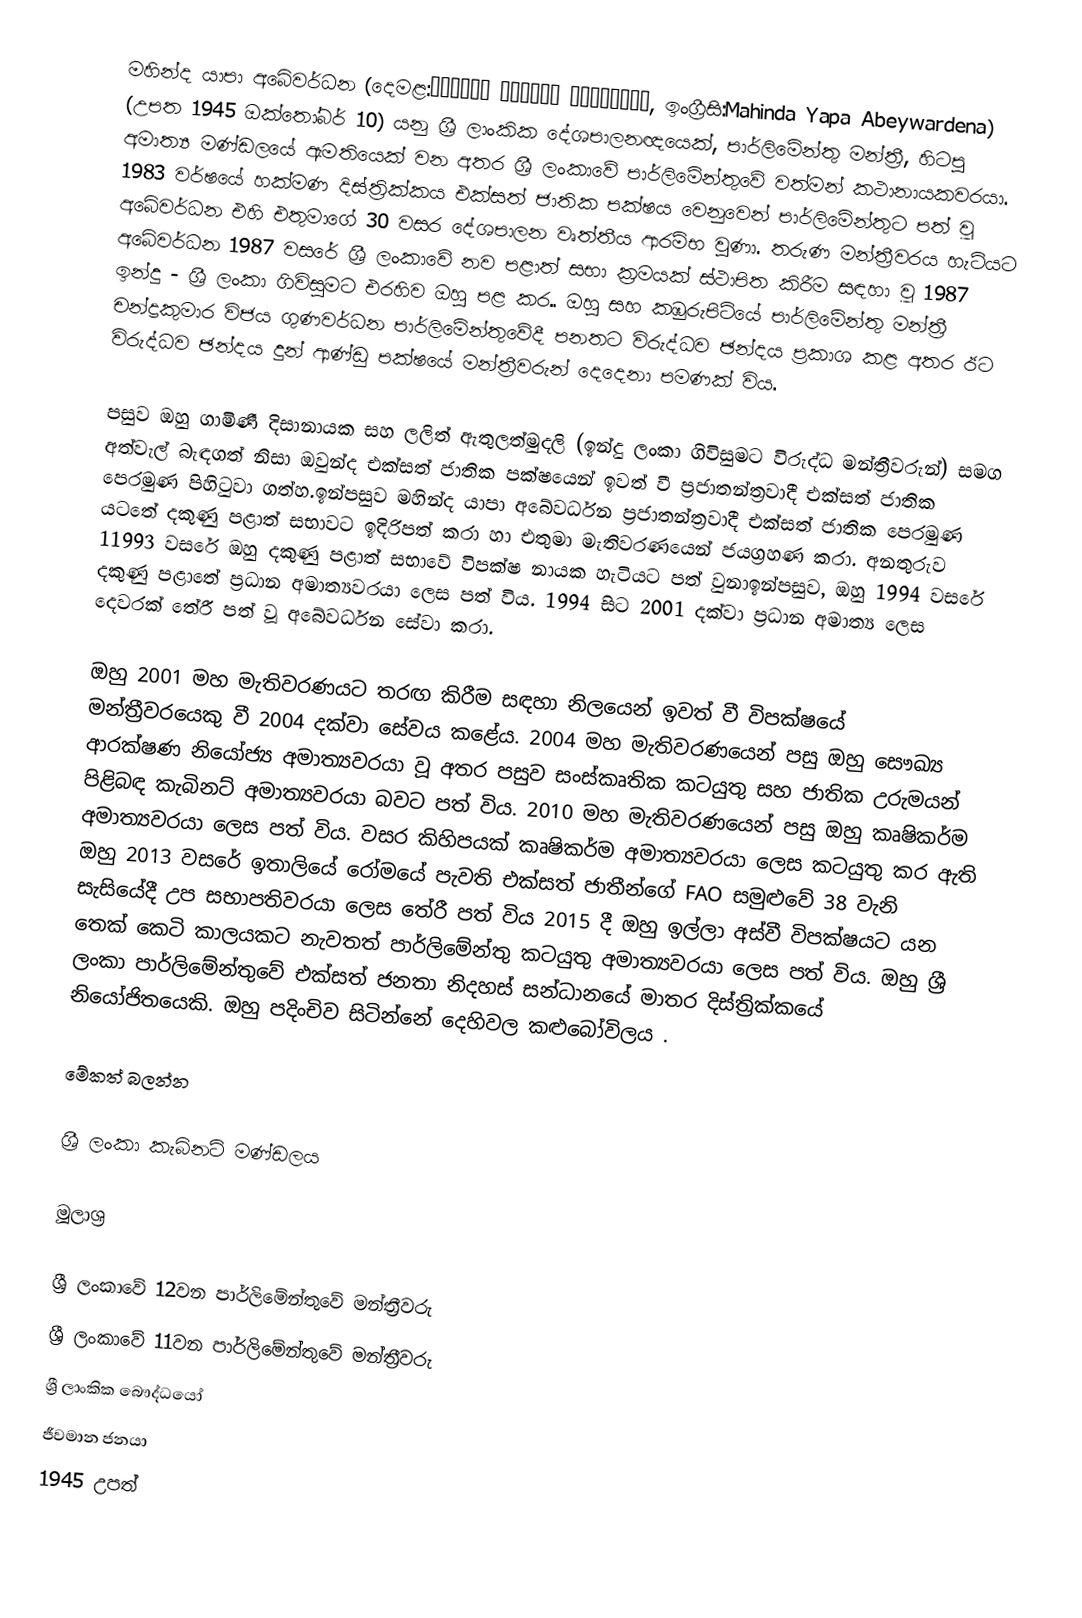
මහින්ද යාපා අබේවර්ධන (දෙමළ:மஹிந்த யாப்பா அபேவர்தன, ඉංග්‍රීසි:Mahinda Yapa Abeywardena) (උපත 1945 ඔක්තෝබර් 10) යනු ශ්‍රී ලාංකික දේශපාලනඥයෙක්, පාර්ලිමේන්තු මන්ත්‍රී, හිටපු අමාත්‍ය මණ්ඩලයේ ඇමතියෙක් වන අතර ශ්‍රී ලංකාවේ පාර්ලිමේන්තුවේ වත්මන් කථානායකවරයා.  1983 වර්ෂයේ හක්මණ දිස්ත්‍රික්කය එක්සත් ජාතික පක්ෂය වෙනුවෙන් පාර්ලිමේන්තුට පත් වූ අබේවර්ධන එහි එතුමාගේ 30 වසර දේශපාලන වෘත්තීය ආරම්භ වුණා.  තරුණ මන්ත්‍රීවරය හැටියට අබේවර්ධන 1987 වසරේ ශ්‍රී ලංකාවේ නව පළාත් සභා ක්‍රමයක් ස්ථාපිත කිරීම සඳහා වූ 1987 ඉන්දු - ශ්‍රී ලංකා ගිවිසුමට එරහිව ඔහු පළ කර.. ඔහු සහ කඹුරුපිටියේ පාර්ලිමේන්තු මන්ත්‍රී චන්ද්‍රකුමාර විජය ගුණවර්ධන පාර්ලිමේන්තුවේදී පනතට විරුද්ධව ඡන්දය ප්‍රකාශ කළ අතර ඊට විරුද්ධව ඡන්දය දුන් ආණ්ඩු පක්ෂයේ මන්ත්‍රීවරුන් දෙදෙනා පමණක් විය.

පසුව ඔහු ගාමිණී දිසානායක සහ ලලිත් ඇතුලත්මුදලි (ඉන්දු ලංකා ගිවිසුමට විරුද්ධ මන්ත්‍රීවරුන්) සමග අත්වැල් බැඳගත් නිසා ඔවුන්ද  එක්සත් ජාතික පක්ෂයෙන්  ඉවත් වී ප්‍රජාතන්ත්‍රවාදී එක්සත් ජාතික පෙරමුණ පිහිටුවා ගත්හ.ඉන්පසුව මහින්ද යාපා අබේවර්ධන ප්‍රජාතන්ත්‍රවාදී එක්සත් ජාතික පෙරමුණ යටතේ දකුණු පළාත් සභාවට ඉදිරිපත් කරා හා එතුමා මැතිවරණයෙන් ජයග්‍රහණ කරා. අනතුරුව 11993 වසරේ ඔහු දකුණු පළාත් සභාවේ විපක්ෂ නායක හැටියට පත් වුනාඉන්පසුව, ඔහු 1994 වසරේ දකුණු පළාතේ ප්‍රධාන අමාත්‍යවරයා ලෙස පත් විය. 1994 සිට 2001 දක්වා ප්‍රධාන අමාත්‍ය ලෙස දෙවරක් තේරී පත් වූ අබේවර්ධන සේවා කරා.

ඔහු 2001 මහ මැතිවරණයට තරඟ කිරීම සඳහා නිලයෙන් ඉවත් වී විපක්ෂයේ මන්ත්‍රීවරයෙකු වී 2004 දක්වා සේවය කළේය. 2004 මහ මැතිවරණයෙන් පසු ඔහු සෞඛ්‍ය ආරක්ෂණ නියෝජ්‍ය අමාත්‍යවරයා වූ අතර පසුව සංස්කෘතික කටයුතු සහ ජාතික උරුමයන් පිළිබඳ කැබිනට් අමාත්‍යවරයා බවට පත් විය. 2010 මහ මැතිවරණයෙන් පසු ඔහු කෘෂිකර්ම අමාත්‍යවරයා ලෙස පත් විය. වසර කිහිපයක් කෘෂිකර්ම අමාත්‍යවරයා ලෙස කටයුතු කර ඇති ඔහු 2013 වසරේ ඉතාලියේ රෝමයේ පැවති එක්සත් ජාතීන්ගේ FAO සමුළුවේ 38 වැනි සැසියේදී උප සභාපතිවරයා ලෙස තේරී පත් විය  2015 දී ඔහු ඉල්ලා අස්වී විපක්ෂයට යන තෙක් කෙටි කාලයකට නැවතත් පාර්ලිමේන්තු කටයුතු අමාත්‍යවරයා ලෙස පත් විය. ඔහු ශ්‍රී ලංකා පාර්ලිමේන්තුවේ එක්සත් ජනතා නිදහස් සන්ධානයේ මාතර දිස්ත්‍රික්කයේ නියෝජිතයෙකි. ඔහු පදිංචිව සිටින්නේ දෙහිවල කළුබෝවිලය .

මේකත් බලන්න

 ශ්‍රී ලංකා කැබිනට් මණ්ඩලය

මූලාශ්‍ර

ශ්‍රී ලංකාවේ 12වන පාර්ලිමේන්තුවේ මන්ත්‍රීවරු
ශ්‍රී ලංකාවේ 11වන පාර්ලිමේන්තුවේ මන්ත්‍රීවරු
ශ්‍රී ලාංකික බෞද්ධයෝ
ජීවමාන ජනයා
1945 උපත්